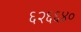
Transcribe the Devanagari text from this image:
६२६६४०